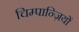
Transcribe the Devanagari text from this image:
चिम्पान्ज़ियों